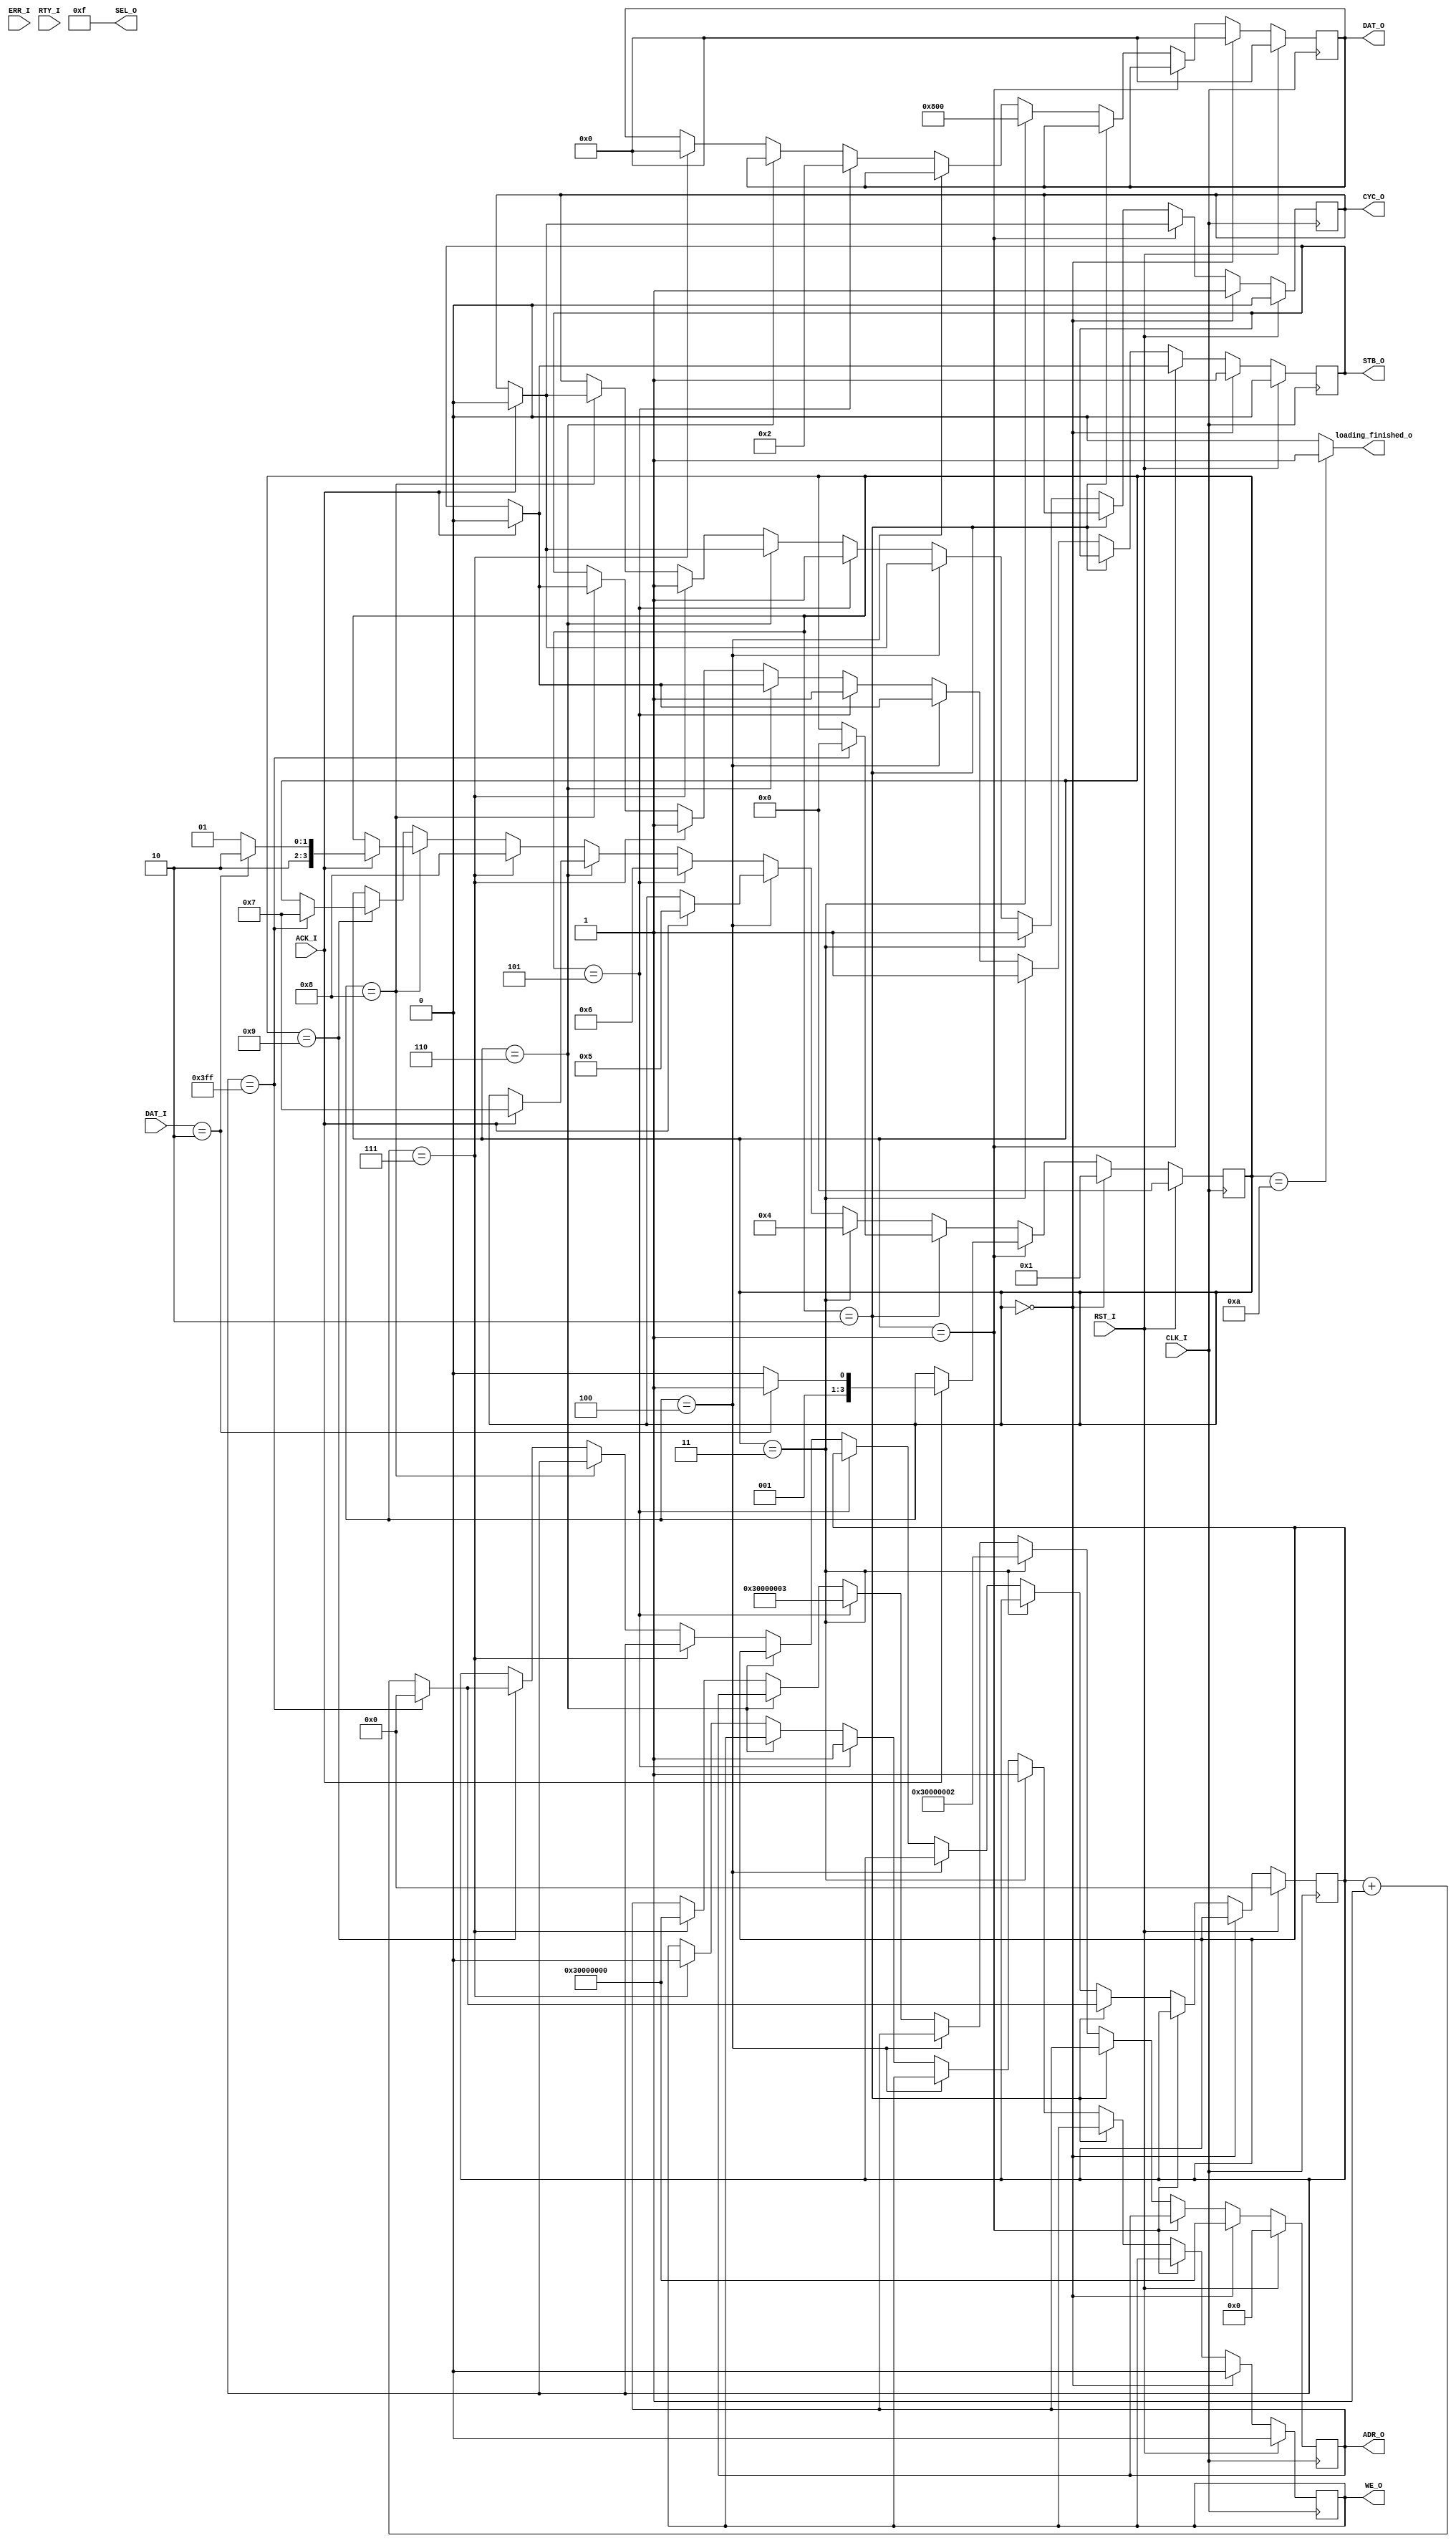
module early_boot(
	input CLK_I,
	input RST_I,
	output reg CYC_O,
	output reg [31:0] DAT_O,
	output reg STB_O,
	output reg WE_O,
	output reg [31:2] ADR_O,
	output [3:0] SEL_O,
	input [31:0] DAT_I,
	input ACK_I,
	input ERR_I,
	input RTY_I,
	output loading_finished_o
);
assign SEL_O = 4'b1111;
assign loading_finished_o = (state == S_FINISHED) ? 1'b1 : 1'b0;
reg [3:0] state;
reg [9:0] wait_counter;
parameter [3:0]
	S_CHECK_STATUS 		= 4'd0,
	S_CHECK_STATUS_2 	= 4'd1,
	S_CHECK_STATUS_3 	= 4'd2,
	S_SET_SIZE 			= 4'd3,
	S_SET_SIZE_2 		= 4'd4,
	S_SET_CONTROL 		= 4'd5,
	S_SET_CONTROL_2 	= 4'd6,
	S_CHECK_FINISHED	= 4'd7,
	S_CHECK_FINISHED_2	= 4'd8,
	S_CHECK_FINISHED_3	= 4'd9,
	S_FINISHED 			= 4'd10;
always @(posedge CLK_I) begin
	if(RST_I == 1'b1) begin
		CYC_O <= 1'b0;
		DAT_O <= 32'd0;
		STB_O <= 1'b0;
		WE_O <= 1'b0;
		ADR_O <= 30'd0;
		state <= S_CHECK_STATUS;
		wait_counter <= 10'd0;
	end
	else if(state == S_CHECK_STATUS) begin
		CYC_O <= 1'b1;
		DAT_O <= 32'd0;
		STB_O <= 1'b1;
		WE_O <= 1'b0;
		ADR_O <= 30'h30000000;
		state <= S_CHECK_STATUS_2;
	end
	else if(state == S_CHECK_STATUS_2) begin
		if(ACK_I == 1'b1) begin
			CYC_O <= 1'b0;
			STB_O <= 1'b0;
			if(DAT_I == 32'd2) begin
				state <= S_SET_SIZE;
			end
			else begin
				state <= S_CHECK_STATUS_3;
			end
		end
	end
	else if(state == S_CHECK_STATUS_3) begin
		if(wait_counter == 10'd1023) begin
			wait_counter <= 10'd0;
			state <= S_CHECK_STATUS;
		end
		else wait_counter <= wait_counter + 10'd1;
	end
	else if(state == S_SET_SIZE) begin
		CYC_O <= 1'b1;
		DAT_O <= 32'd2048;
		STB_O <= 1'b1;
		WE_O <= 1'b1;
		ADR_O <= 30'h30000002;
		state <= S_SET_SIZE_2;
	end
	else if(state == S_SET_SIZE_2) begin
		if(ACK_I == 1'b1) begin
			CYC_O <= 1'b0;
			STB_O <= 1'b0;
			state <= S_SET_CONTROL;
		end
	end
	else if(state == S_SET_CONTROL) begin
		CYC_O <= 1'b1;
		DAT_O <= 32'd2;
		STB_O <= 1'b1;
		WE_O <= 1'b1;
		ADR_O <= 30'h30000003;
		state <= S_SET_CONTROL_2;
	end
	else if(state == S_SET_CONTROL_2) begin
		if(ACK_I == 1'b1) begin
			CYC_O <= 1'b0;
			STB_O <= 1'b0;
			state <= S_CHECK_FINISHED;
		end
	end
	else if(state == S_CHECK_FINISHED) begin
		CYC_O <= 1'b1;
		DAT_O <= 32'd0;
		STB_O <= 1'b1;
		WE_O <= 1'b0;
		ADR_O <= 30'h30000000;
		state <= S_CHECK_FINISHED_2;
	end
	else if(state == S_CHECK_FINISHED_2) begin
		if(ACK_I == 1'b1) begin
			CYC_O <= 1'b0;
			STB_O <= 1'b0;
			if(DAT_I == 32'd2) begin 
				state <= S_FINISHED;
			end
			else begin
				state <= S_CHECK_FINISHED_3;
			end
		end
	end
	else if(state == S_CHECK_FINISHED_3) begin
		if(wait_counter == 10'd1023) begin
			wait_counter <= 10'd0;
			state <= S_CHECK_FINISHED;
		end
		else wait_counter <= wait_counter + 10'd1;
	end
	else if(state == S_FINISHED) begin
	end
end
endmodule